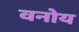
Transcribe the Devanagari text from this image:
वनोय